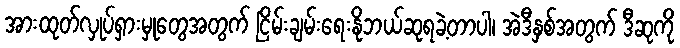
အားထုတ်လှုပ်ရှားမှုတွေအတွက် ငြိမ်းချမ်းရေးနိုဘယ်ဆုရခဲ့တာပါ၊ အဲဒီနှစ်အတွက် ဒီဆုကို